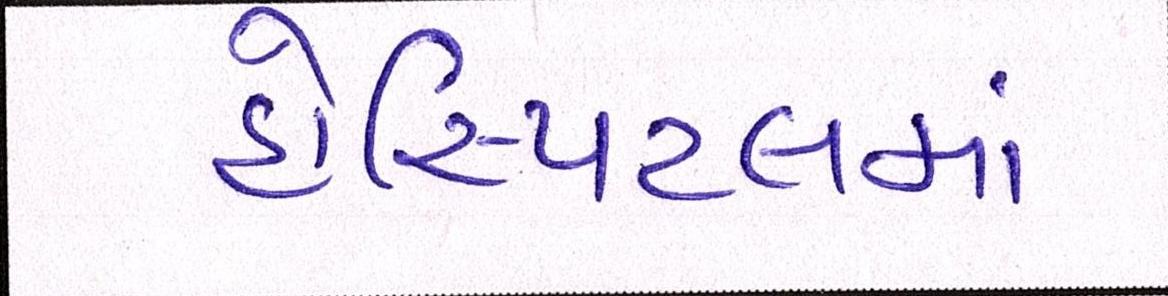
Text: હોસ્પિટલમાં